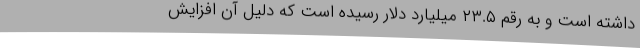
داشته است و به رقم ۲۳.۵ میلیارد دلار رسیده است که دلیل آن افزایش